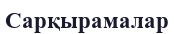
Сарқырамалар